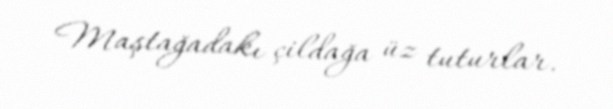
Maştağadakı çildağa üz tuturlar.